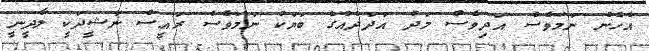
އެހެން ނަމަވެސް އަދިވެސް މަދު އަދަދެއްގެ ބަޔަކު ނަމަވެސް ރައީސް ނަޝީދަކީ ލާދީނީ